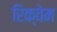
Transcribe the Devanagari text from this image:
रिक्वेम